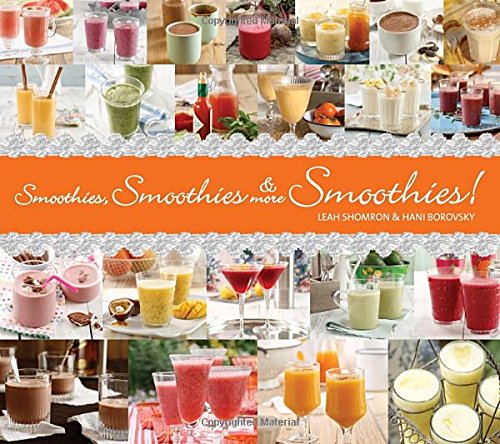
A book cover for Smoothies, Smoothies & More Smoothies!; Leah Shomron; Cookbooks, Food & Wine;